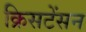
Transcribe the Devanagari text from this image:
क्रिसटेंसन